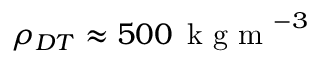
\rho _ { D T } \approx 5 0 0 \, \mathrm { ~ k ~ g ~ m ~ } ^ { - 3 }